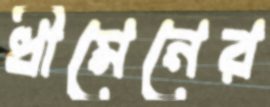
ধীমেনের